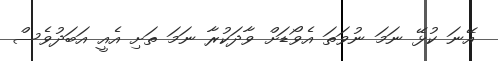
އޭނަ ކުޅޭ ނަަމަ ނުވަތަ އެވޯޑަށް ވާދަކުރާ ނަމަ ތަށި އެއީ އަބަދުވެސް